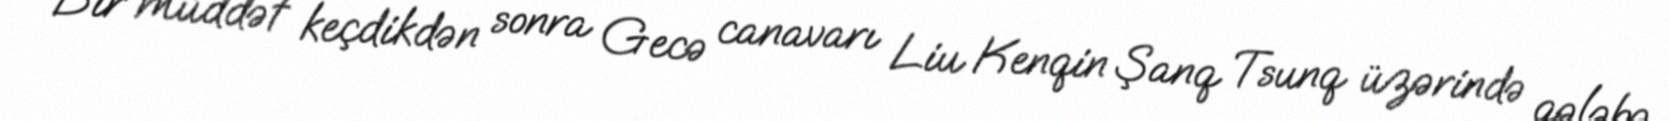
Bir müddət keçdikdən sonra Gecə canavarı Liu Kenqin Şanq Tsunq üzərində qələbə